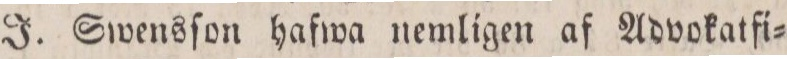
J. Swensſon hafwa nemligen af Advokatfi=